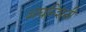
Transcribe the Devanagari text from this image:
अघन्शिनी